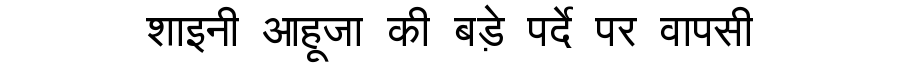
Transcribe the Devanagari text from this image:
शाइनी आहूजा की बड़े पर्दे पर वापसी